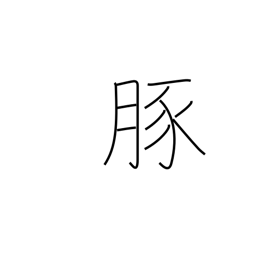
Meaning: pork